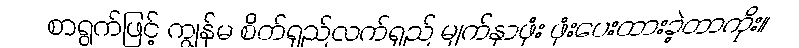
စာရွက်ဖြင့် ကျွန်မ စိတ်ရှည်လက်ရှည် မျက်နှာဖုံး ဖုံးပေးထားခဲ့တာကိုး။